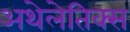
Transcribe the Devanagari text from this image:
अथेलेतिक्स